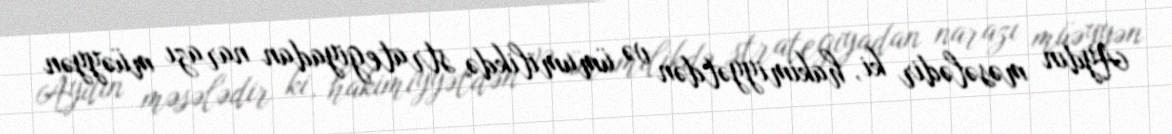
Aydın məsələdir ki, hakimiyyətdən və ümumilikdə strategiyadan narazı müəyyən